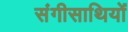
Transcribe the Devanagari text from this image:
संगीसाथियों